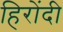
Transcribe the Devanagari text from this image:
हिरोंदी